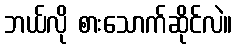
ဘယ်လို စားသောက်ဆိုင်လဲ။